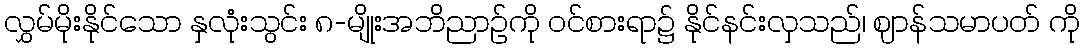
လွှမ်မိုးနိုင်သော နှလုံးသွင်း ၈-မျိုးအဘိညာဉ်ကို ဝင်စားရာ၌ နိုင်နင်းလှသည်၊ ဈာန်သမာပတ် ကို